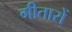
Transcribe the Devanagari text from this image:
गीतारों